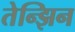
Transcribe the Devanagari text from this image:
तेन्झिन